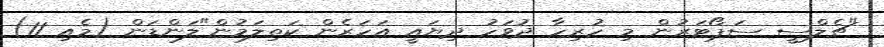
"ޗެލްސީ ސަޕޯޓަރުން މި ހުރިހާ ދުވަހު ދިޔައީ އަހަރެން ކަތިލަމުން"ލަންޑަން (މެއި 11)